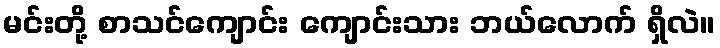
မင်းတို့ စာသင်ကျောင်း ကျောင်းသား ဘယ်လောက် ရှိလဲ။